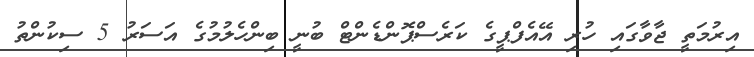
އިރުމަތީ ޖާވާގައި ހުރި އޭއެފްޕީގެ ކަރެސްޕޮންޑެންޓް ބުނީ ބިންހެލުމުގެ އަސަރު 5 ސިކުންތު